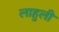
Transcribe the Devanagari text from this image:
लाहुली